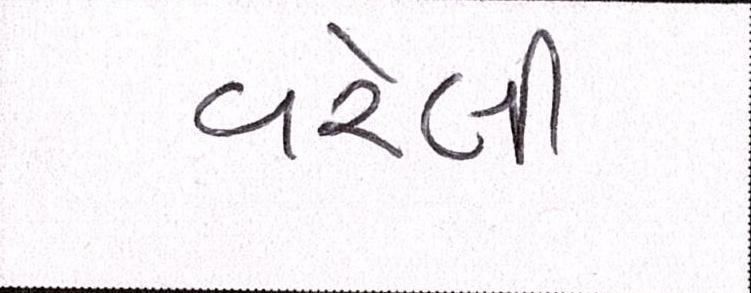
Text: વરેલી